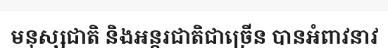
មនុស្សជាតិ និងអន្តរជាតិជាច្រើន បានអំពាវនាវ